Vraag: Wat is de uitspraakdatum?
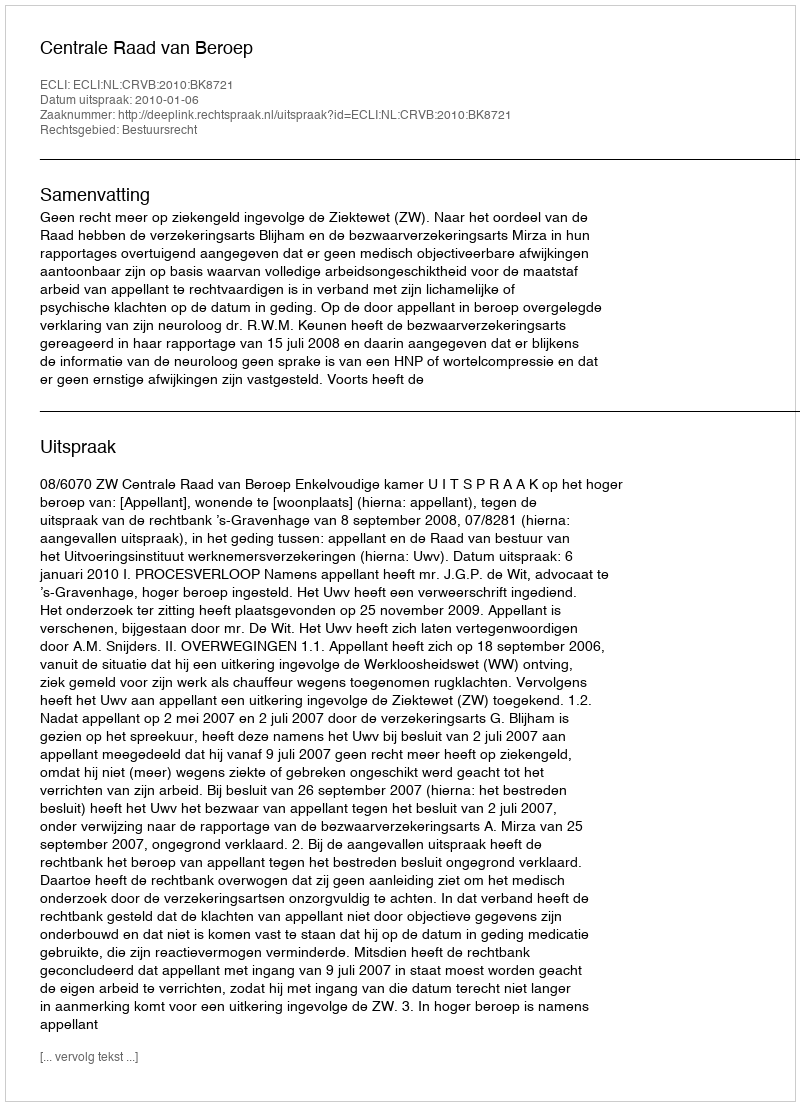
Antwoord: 2010-01-06